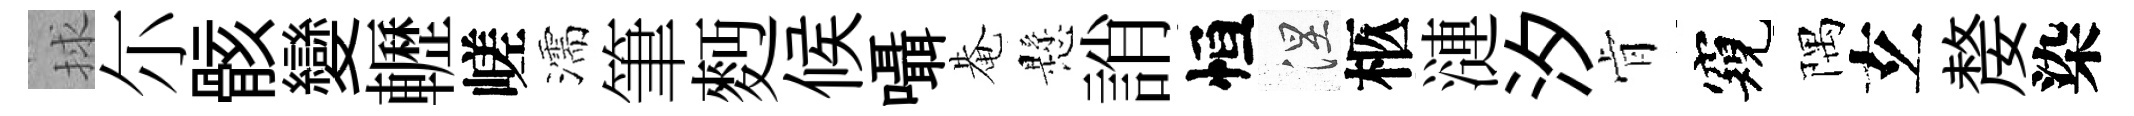
捄尓骸變轣嵯濡筆麪候囁𤲅懸誚恒涅柩漣汐肻窺隅𤣥嫠染